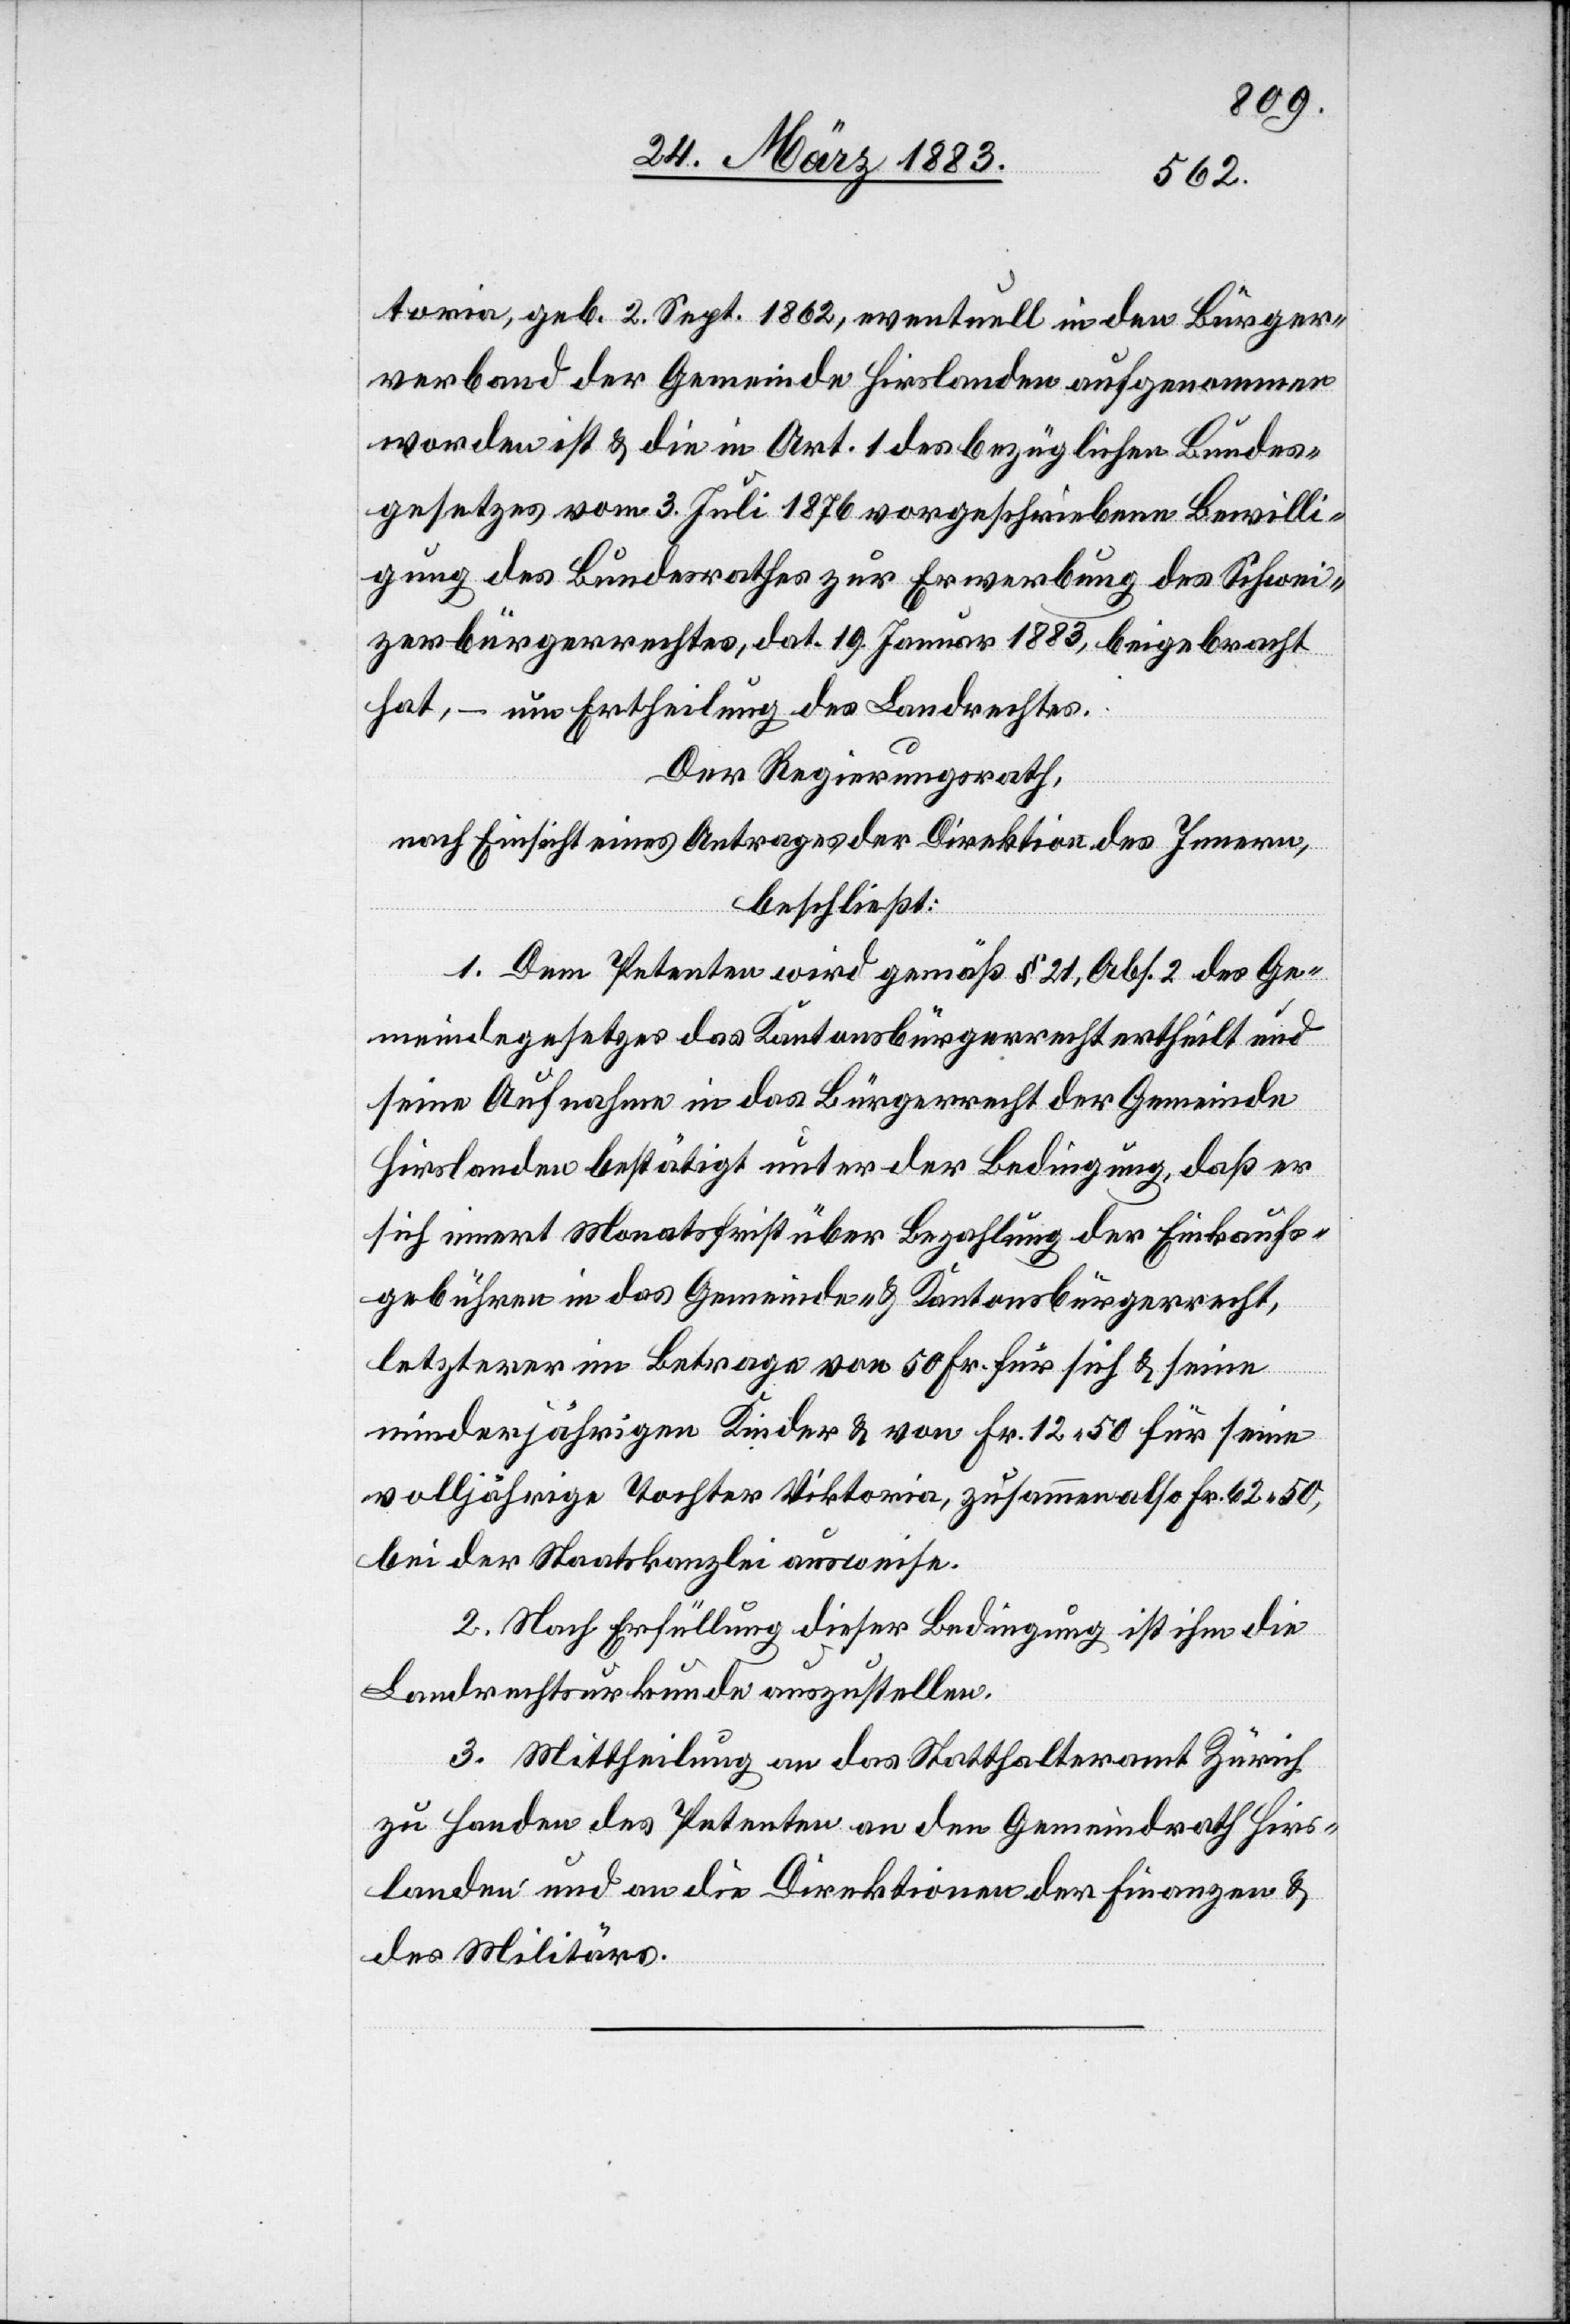
toria, geb. 2. Sept. 1862, eventuell in den Bürger¬
verband der Gemeinde Hirslanden aufgenommen
worden ist & die in Art. 1 des bezüglichen Bundes¬
gesetzes vom 3. Juli 1876 vorgeschriebene Bewilli¬
gung des Bundesrathes zur Erwerbung des Schwei¬
zerbürgerrechtes, dat. 19. Januar 1883, beigebracht
hat, – um Ertheilung des Landrechtes.
Der Regierungsrath,
nach Einsicht eines Antrages der Direktion des Innern,
beschließt:
1. Dem Petenten wird gemäß § 21, Abs. 2 des Ge¬
meindegesetzes das Kantonsbürgerrecht ertheilt &
seine Aufnahme in das Bürgerrecht der Gemeinde
Hirslanden bestätigt unter der Bedingung, daß er
sich innert Monatsfrist über Bezahlung der Einkaufs¬
gebühren in das Gemeinde- & Kantonsbürgerrecht,
letzterer im Betrage von 50 Fr. für sich & seine
minderjährigen Kinder & von Fr. 12 50 für seine
volljährige Tochter Viktoria, zusammen also Fr. 62 50,
bei der Staatskanzlei ausweise.
2. Nach Erfüllung dieser Bedingung ist ihm die
Landrechtsurkunde auszustellen.
3. Mittheilung an das Statthalteramt Zürich
zu Handen des Petenten an den Gemeindrath Hirs¬
landen & an die Direktionen der Finanzen &
des Militärs.